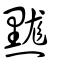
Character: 䵨